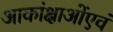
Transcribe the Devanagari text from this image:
आकांक्षाओंएवं